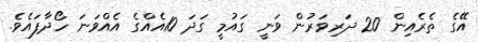
އޭގެ ތެރެއިން 20 ދަރިވަރުން ވަނީ ގައުމީ ގަދަ 10އެއްގެ އެއްވަނަ ހޯދާފައެވެ.